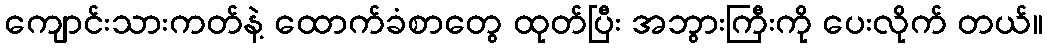
ကျောင်းသားကတ်နဲ့ ထောက်ခံစာတွေ ထုတ်ပြီး အဘွားကြီးကို ပေးလိုက် တယ်။